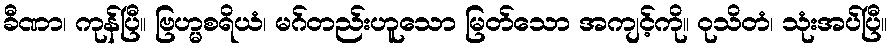
ခီဏာ၊ ကုန်ပြီ။ ဗြဟ္မစရိယံ၊ မဂ်တည်းဟူသော မြတ်သော အကျင့်ကို။ ဝုသိတံ၊ သုံးအပ်ပြီ။